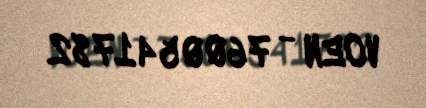
VOEN - 7600541782